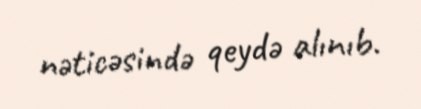
nəticəsində qeydə alınıb.